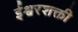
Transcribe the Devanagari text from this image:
ईश्वरशक्ती